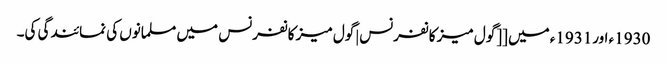
1930ء اور1931ء میں [[گول میز کانفرنس|گول میز کانفرنس میں مسلمانوں کی نمائندگی کی۔